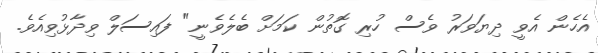
އެހެން އެވީ ދިޔަވަރު ވެސް ހުރި ގޮތުން ކަމަށް ބެލެވެނީ" ފައިސަލް ވިދާޅުވިއެވެ.